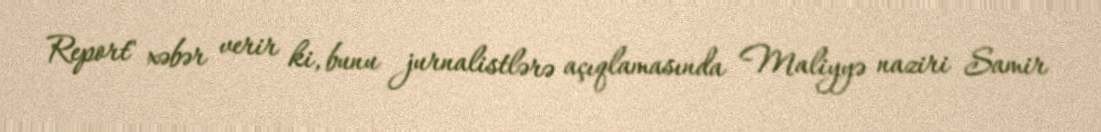
Report" xəbər verir ki, bunu jurnalistlərə açıqlamasında Maliyyə naziri Samir